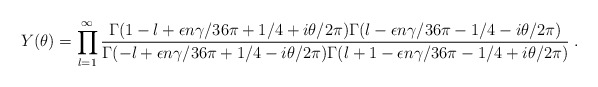
\begin{align*}Y(\theta)=\prod_{l=1}^{\infty}\frac{\textstyle \Gamma(1-l+\epsilon n\gamma/36\pi+1/4+i\theta/2\pi) \Gamma(l-\epsilon n\gamma/36\pi-1/4-i\theta/2\pi)} {\textstyle \Gamma(-l+\epsilon n\gamma/36\pi+1/4-i\theta/2\pi) \Gamma(l+1-\epsilon n\gamma/36\pi-1/4+i\theta/2\pi)}\;.\end{align*}